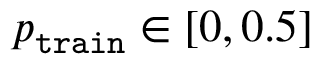
p _ { \mathtt { t r a i n } } \in [ 0 , 0 . 5 ]